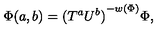
{ \Phi } ( a , b ) = { ( T ^ { a } U ^ { b } ) } ^ { - w ( \Phi ) } { \Phi } ,